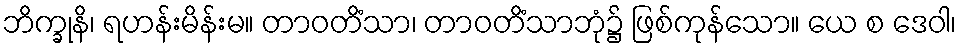
ဘိက္ခုနိ၊ ရဟန်းမိန်းမ။ တာဝတိံသာ၊ တာဝတိံသာဘုံ၌ ဖြစ်ကုန်သော။ ယေ စ ဒေဝါ၊